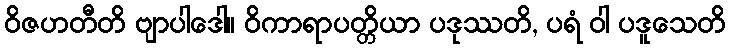
ဝိဇဟတီတိ ဗျာပါဒေါ။ ဝိကာရာပတ္တိယာ ပဒုဿတိ, ပရံ ဝါ ပဒူသေတိ